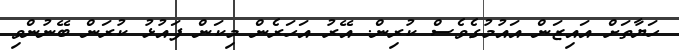
ހަޔާތަށް އައިޒަން އައުމުގެވެސް ކުރިން. އޭރު އަހަރެން މިކަން ފައުޅު ކުރަން ބޭނުންވި